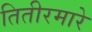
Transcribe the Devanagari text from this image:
तितीरमारे